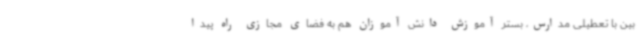
بین با تعطیلی مدارس، بستر آموزش دانش آموزان هم به فضای مجازی راه پیدا